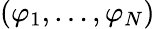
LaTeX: (\varphi_{1},\dots,\varphi_{N})